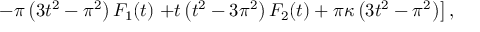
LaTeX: - \pi \left( 3 t ^ { 2 } - \pi ^ { 2 } \right) F _ { 1 } ( t ) \left. + t \left( t ^ { 2 } - 3 \pi ^ { 2 } \right) F _ { 2 } ( t ) + \pi \kappa \left( 3 t ^ { 2 } - \pi ^ { 2 } \right) \right] ,